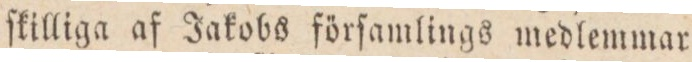
ſkilliga af Jakobs förſamlings medlemmar